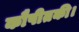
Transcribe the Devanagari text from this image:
कौषीतकी।